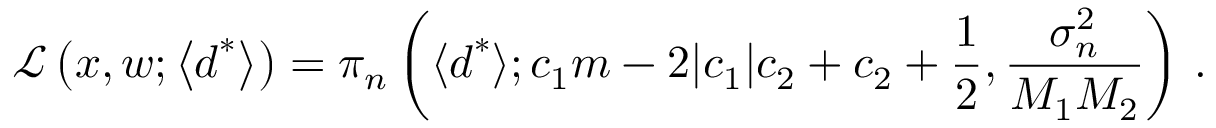
\mathcal { L } \left( \boldsymbol { x } , \boldsymbol { w } ; \left\langle \boldsymbol { d } ^ { * } \right\rangle \right) = \pi _ { n } \left( \langle \boldsymbol { d } ^ { * } \rangle ; c _ { 1 } m - 2 | c _ { 1 } | c _ { 2 } + c _ { 2 } + \frac { 1 } { 2 } , \frac { \sigma _ { n } ^ { 2 } } { M _ { 1 } M _ { 2 } } \right) \, .